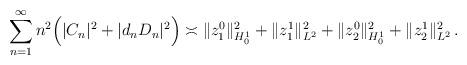
LaTeX: \begin{align*} \sum_{n= 1}^\infty n^2\Big( |C_n|^2+|d_nD_{n}|^2 \Big) \asymp \|z_{1}^{0}\|^2_{H^1_0}+\|z_{1}^{1}\|^2_{L^2} +\|z_{2}^{0}\|^2_{H^1_0}+\|z_{2}^{1}\|_{L^2}^2 \,. \end{align*}